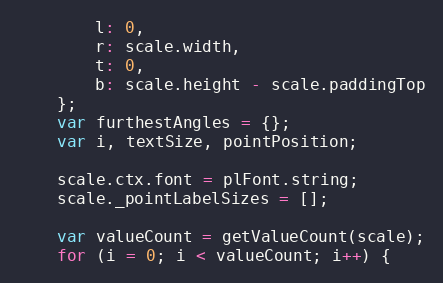
Language: JavaScript
		l: 0,
		r: scale.width,
		t: 0,
		b: scale.height - scale.paddingTop
	};
	var furthestAngles = {};
	var i, textSize, pointPosition;

	scale.ctx.font = plFont.string;
	scale._pointLabelSizes = [];

	var valueCount = getValueCount(scale);
	for (i = 0; i < valueCount; i++) {